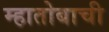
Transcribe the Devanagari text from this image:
म्हातोबाची